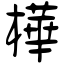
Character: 樺